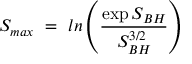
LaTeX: S _ { m a x } ~ = ~ l n \left( { \frac { \exp { S _ { B H } } } { S _ { B H } ^ { 3 / 2 } } } \right) ~